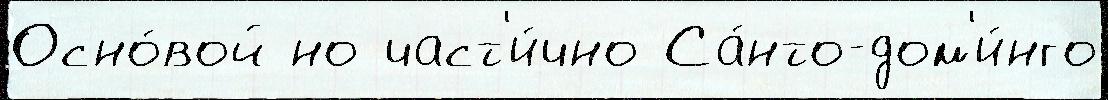
Осно́вой но част'и́чно Са́нто-дом'и́нго